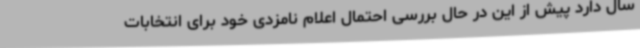
سال دارد پیش از این در حال بررسی احتمال اعلام نامزدی خود برای انتخابات